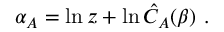
\alpha _ { A } = \ln z + \ln \hat { C } _ { A } ( \beta ) \ .